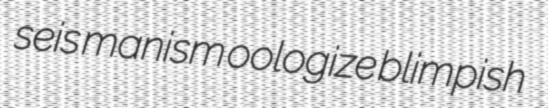
seis manism oologize blimpish